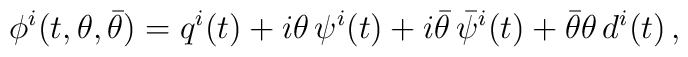
\phi^i(t,\theta,\bar\theta)=q^i(t)+i\theta\,\psi^i(t)+i\bar\theta\,\bar\psi^i(t)+\bar\theta\theta\,d^i(t)\,,